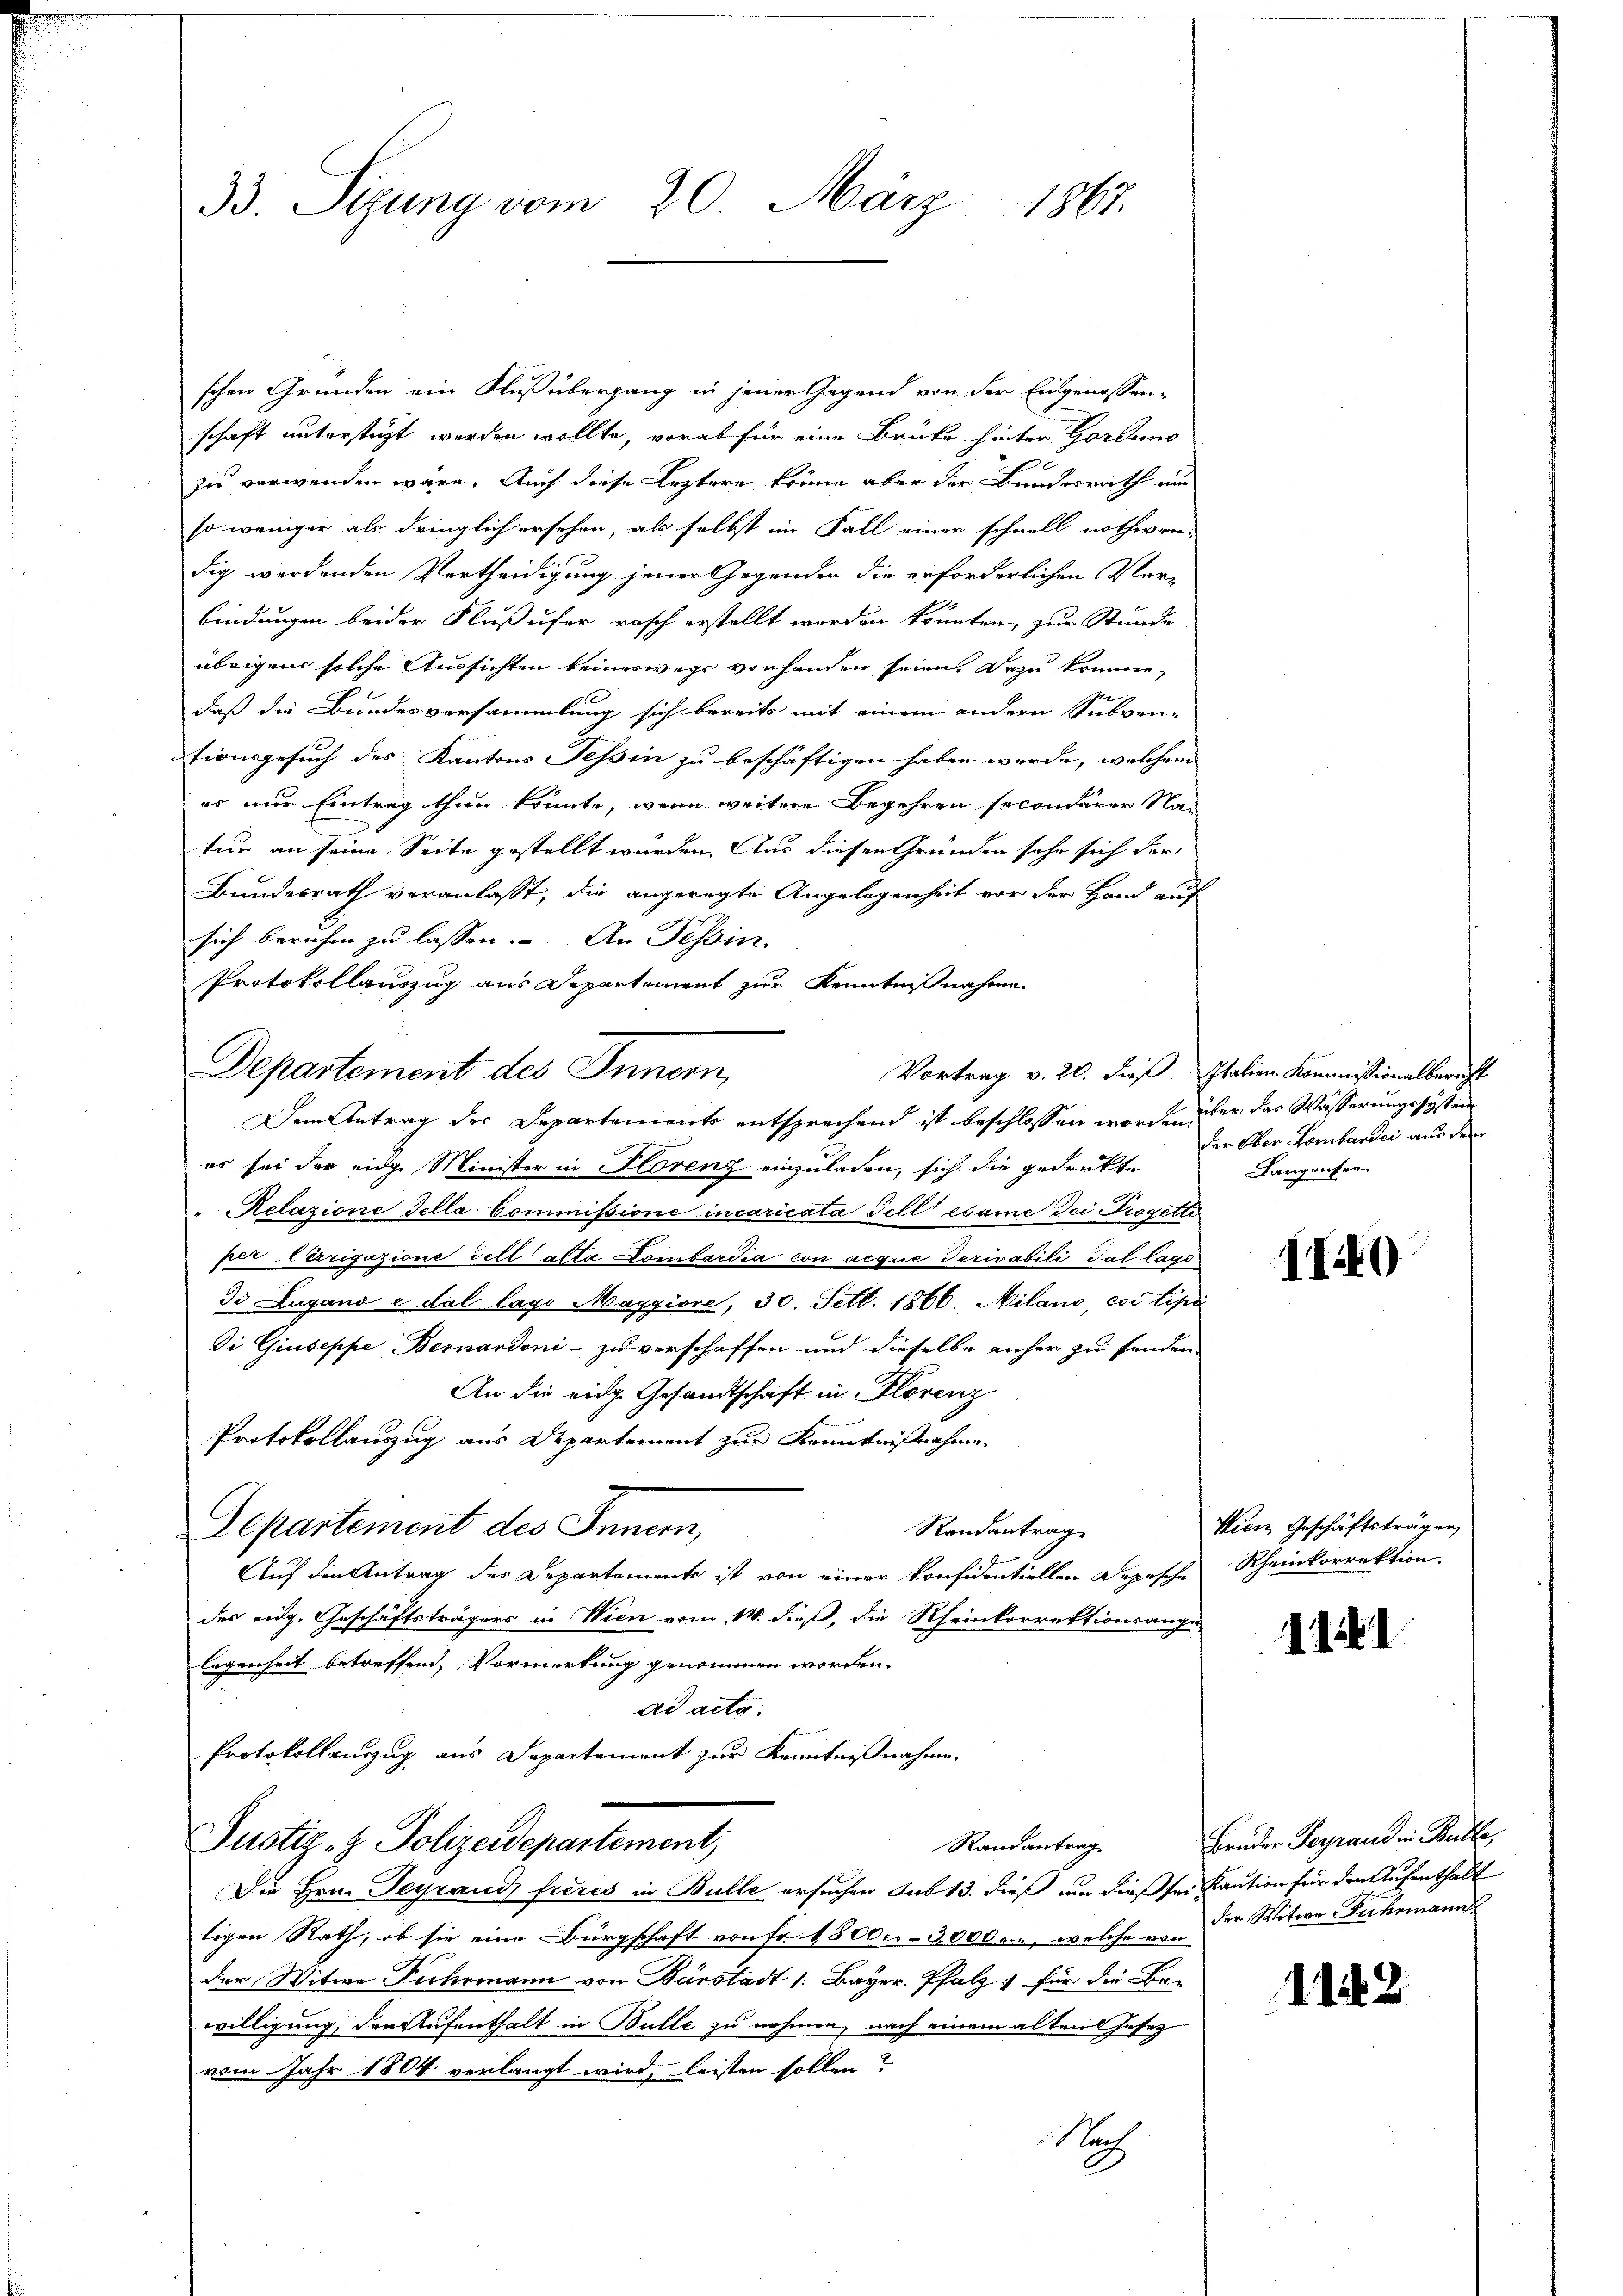
33. Sizung vom 20. März 1867.

schen Gründen ein Fluß übergang in jener Gegend von der Eingenossen-
schaft unterstüzt werden wollte, vorab für eine Brüke hinter Gordung
zu verwenden wäre. Auch diese Leztere könne aber der Bundesrath un
so weniger als dringlich ersehen, als selbst im Fall einer schnell nothwen-
dig werdenden Vertheidigung jener Gegenden die erforderlichen Verbindungen beider Flußufer rasch erstellt worden könnten, zur Stunde
übrigen solche Aussichten keineswegs vorhanden seien. Dazu komme,
daß die Bundesversammlung sich bereits mit einem andern Subven-
tionsgesuch des Kantons Tessin zu beschäftigen haben werde, welchem
es nur Eintrag thun könnte, wenn weitere Begehren secondarer Natur an seine Seite gestellt wurden. Aus diesen Gründen sehr sich der
Bundesrath veranlasst, die angeregte Angelegenheit vor der Hand auf
sich beruhen zu lassen. An Tessin.
Protokollauszug aus Departement zur Kenntnißnahme
Departement des Innern,
Dem Antrag der Departements entsprechend ist beschlossen worden über das Wässerungssystem
es sei der eidg. Minister in Florenz einzuladen, sich die gedruckte
Relazione Tella Commissione incaricata Fell esame Dei Trogette
per Corrigazione Fell alta Lombardia con acque derivabili dal lage
Di Lugano e dal lago Maggiore, 30. Fett. 1866. Milano, coi lipi
Di Giuseppe Bernardoni - zu verschaffen und dieselbe anher zu senden.
An die eidg. Gesandtschaft in Florenz
Protokollauszug aus Departement zur Kenntnißnahme.
Randantrag
Separtement des Innern,
Auf den Antrag des Departemente ist von einer konsidentiellen Depesche
des eidg. Geschäftsträgers in Wien vom 14. dieß, die Rheinkorrektionsange
legenheit betreffend, Vormerkung genommen worden.
ad acta.
Protokollauszug aus Departement zur Kenntnißnahme.
Justiz- & Polizeidepartement,
Randantrag.
Die Hrn. Teyrand frères in Bulle ersuchen sub 13. dieß um dieß sei Kaution für den Aufenthalt
tigen Rath, ob sie eine Bürgschaft von Fr. 1800.- 3000., welche von
der Witwe Fuhrmann von Barstadt /: Bayer. Pfalz für die Be-
willigung, den Aufenthalt in Bulle zu nehmen, nach einem alten Gesez
vom Jahr 1804 verlangt wird, leisten sollen?
N

Vortrag v. 20. dieß. Italien Kommissionalbericht
der Ober Lombander aus dem
Langensen

1140

Wien, Geschäftsträger,
Rheinkorrektion.

1141

Brüder Feyrand in Batte,
der Witwe Fuhrmann

1142